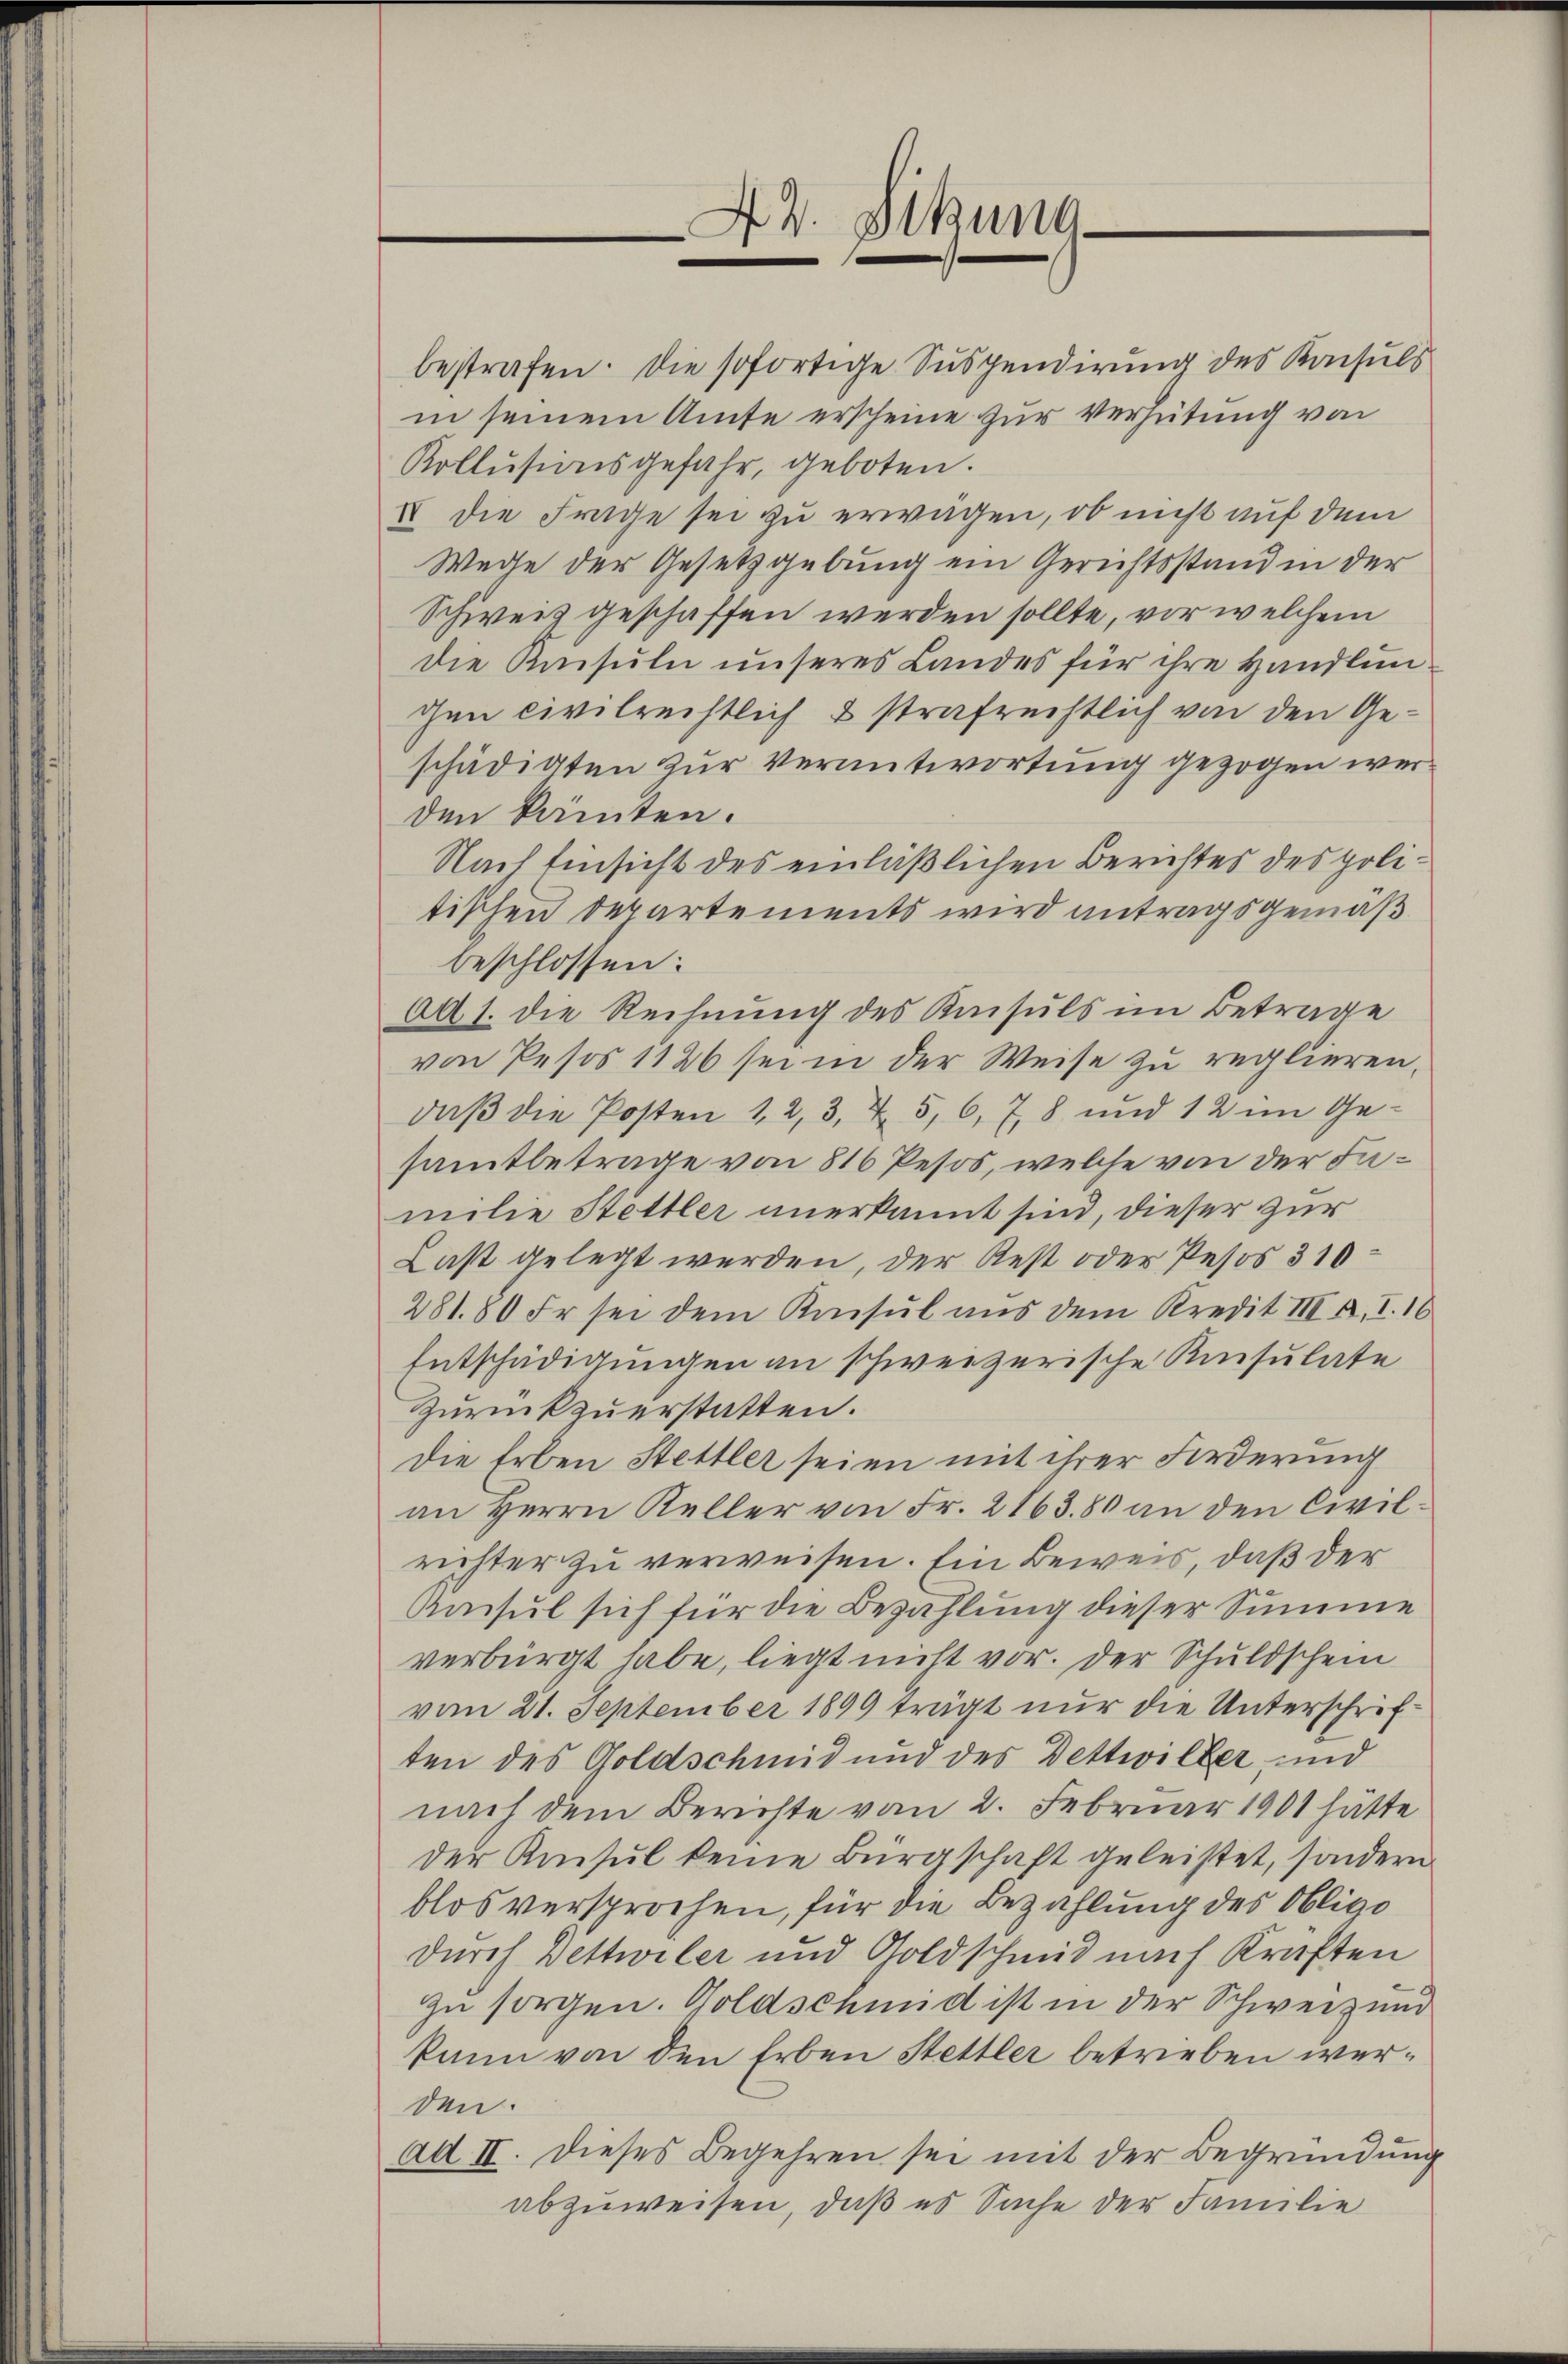
44. Sitzung
e
e

bestrafen. Die sofortige Suspendirung des Konsuls
in seinem Amte erscheine zur Verhütung von
Kollisionsgefahr, geboten.
IV die Frage sei zu erwägen, ob nicht auf dem
Wege der Gesetzgebung ein Gerichtsstand in der
Schweiz geschaffen werden sollte, vor welchem
die Konsuln unseres Landes für ihre Handlun
gen civilrechtlich & strafrechtlich von den Geschädigten zur Verantwortung gezogen werden kanten.
Nach Einsicht des einläßlichen Berichtes des politischen Departements wird antragsgemäß
beschlossen:
401. die Rechnung des Kinsuls im Betrage
von Pesos 1126 sei in der Weise zu reglieren,
daß die Posten 12, 3, & 5, 6, 78 und 12 im Gesamtbetrage von 816 Pesos, welche von der Familie Stettler anerkannt sind, dieser zur
Last gelegt werden, der Rest oder Pesos 310
281. 80 Fr sei dem Konsul aus dem Kredit III a, I. 16
Entschädigungen an schweizerische Kinsulate
Zurückzuerstatten.
die Erben Stettler seien mit ihrer Forderung
an Herrn Keller von Fr. 2163. 80 an den Civilrichter zu verweisen. Ein Beweis, daß der
Amsul sich für die Bezahlung dieser Summe
verbürgt habe, liegt nicht vor. Der Schuldschein
vom 21. September 1899 trägt nur die Unterschriften des Goldschmid und des Dettwiller und
nach dem Berichte vom 2. Februar 1901 hätte
der Kinsul keine Bürgschaft geleistet, sondern
blos versprochen, für die Bezahlung des Obligo
durch Dettwiler und Goldschmid nach Kraften
zu sorgen. Goldschmid ist in der Schweiz und
kann von den Erben Stettler betrieben werden.
ad II. Dieses Begehren sei mit der Begründung
abzuweisen, daß es Sache der Familie